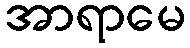
အာရာမေ